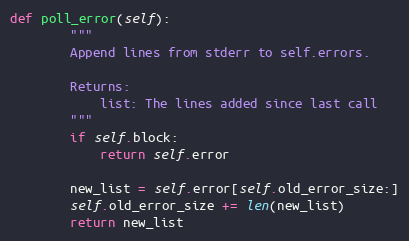
Language: Python
def poll_error(self):
        """
        Append lines from stderr to self.errors.

        Returns:
            list: The lines added since last call
        """
        if self.block:
            return self.error

        new_list = self.error[self.old_error_size:]
        self.old_error_size += len(new_list)
        return new_list